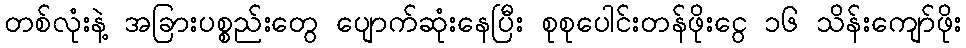
တစ်လုံးနဲ့ အခြားပစ္စည်းတွေ ပျောက်ဆုံးနေပြီး စုစုပေါင်းတန်ဖိုးငွေ ၁၆ သိန်းကျော်ဖိုး